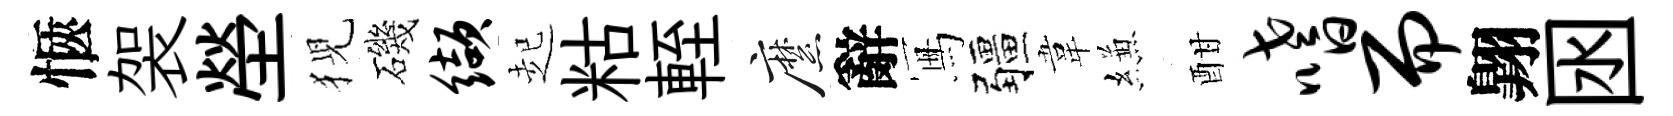
愜袈塋猊磯缬起䊀輊縻辭冩疆韋縑酣嗜而翺囦